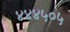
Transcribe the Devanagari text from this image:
४४४५०५